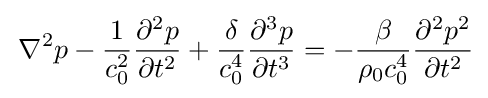
\,\nabla ^{2}p-{\frac {1}{c_{0}^{2}}}{\frac {\partial ^{2}p}{\partial t^{2}}}+{\frac {\delta }{c_{0}^{4}}}{\frac {\partial ^{3}p}{\partial t^{3}}}=-{\frac {\beta }{\rho _{0}c_{0}^{4}}}{\frac {\partial ^{2}p^{2}}{\partial t^{2}}}